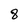
Character: 8